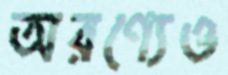
অরণ্যেও